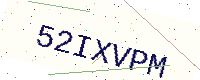
Text: 52IXVPM